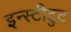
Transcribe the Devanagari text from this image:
इन्स्टीटुट